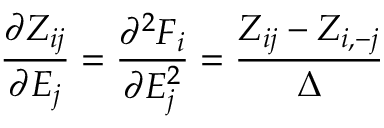
\frac { \partial Z _ { i j } } { \partial E _ { j } } = \frac { \partial ^ { 2 } F _ { i } } { \partial E _ { j } ^ { 2 } } = \frac { Z _ { i j } - Z _ { i , - j } } { \Delta }